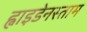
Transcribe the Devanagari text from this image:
ह्वाइडेनस्ताम